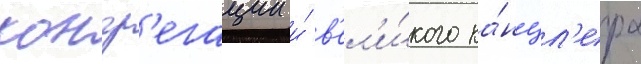
конгр'егации и́ в'ел'и́кого ка́нцл'ера